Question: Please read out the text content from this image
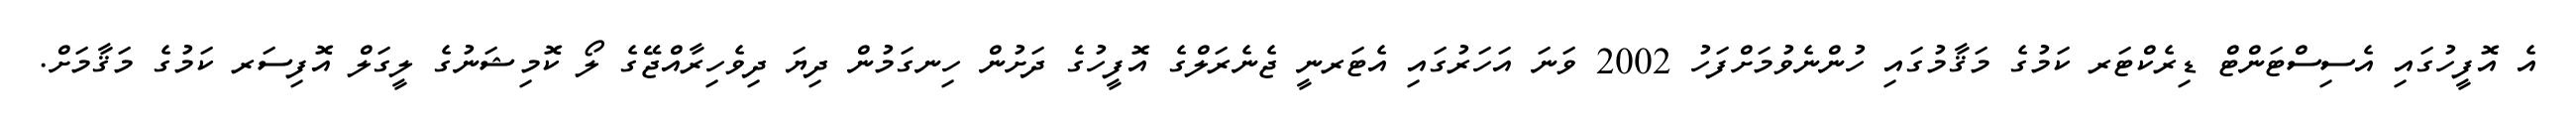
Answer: އެ އޮފީހުގައި އެސިސްޓަންޓް ޑިރެކްޓަރ ކަމުގެ މަޤާމުގައި ހުންނެވުމަށްފަހު 2002 ވަނަ އަހަރުގައި އެޓަރނީ ޖެނެރަލްގެ އޮފީހުގެ ދަށުން ހިނގަމުން ދިޔަ ދިވެހިރާއްޖޭގެ ލޯ ކޮމިޝަނުގެ ލީގަލް އޮފިސަރ ކަމުގެ މަޤާމަށް.